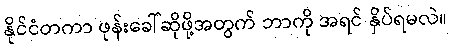
နိုင်ငံတကာ ဖုန်းခေါ်ဆိုဖို့အတွက် ဘာကို အရင် နှိပ်ရမလဲ။